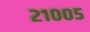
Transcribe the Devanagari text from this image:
२१००५